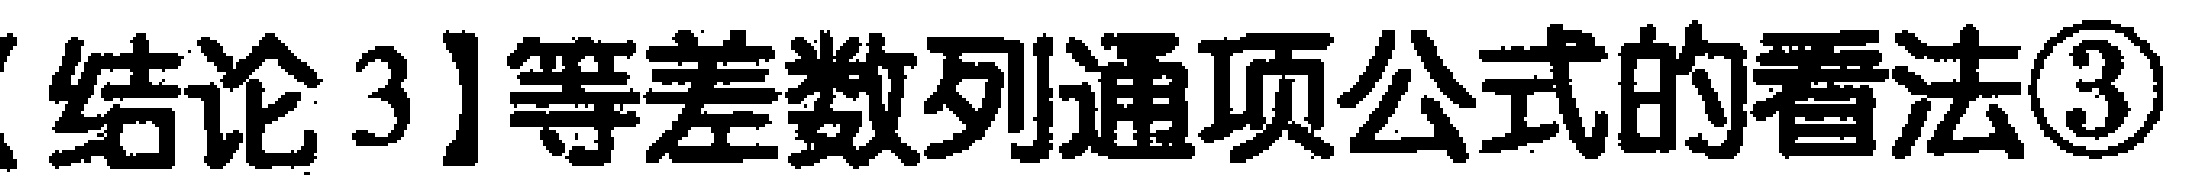
【结论 3】等差数列通项公式的看法\textcircled{3}